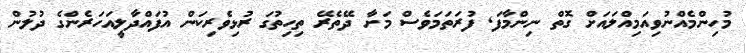
މުހިންމެެއްނުވިއަމިއްލައަށް ގޮތް ނިންމާފަ